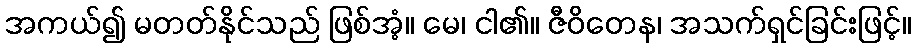
အကယ်၍ မတတ်နိုင်သည် ဖြစ်အံ့။ မေ၊ ငါ၏။ ဇီဝိတေန၊ အသက်ရှင်ခြင်းဖြင့်။